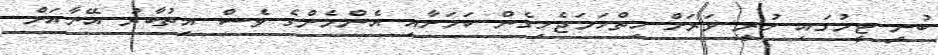
ބުނީ ޓީމުގައި ހުރީ ވަރަށް ހިތްހަމަޖެހިގެން ކަމަށާއި އެންމެންގެ ވެސް އިތުބާރު އޭނާއަށް